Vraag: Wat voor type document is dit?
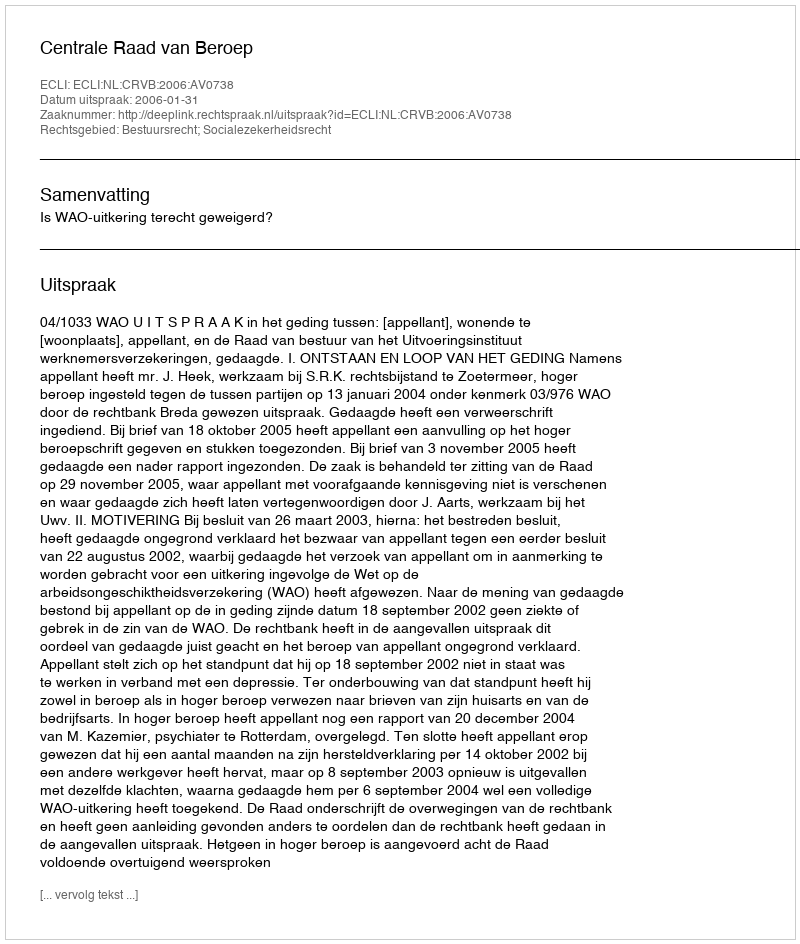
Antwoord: Uitspraak